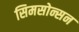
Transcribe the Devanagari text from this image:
सिमसोन्सन